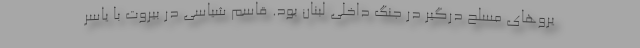
یروهای مسلح درگیر در جنگ داخلی لبنان بود. قاسم شیاسی در بیروت با یاسر